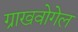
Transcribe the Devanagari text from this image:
ग्राखवोगेल